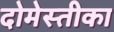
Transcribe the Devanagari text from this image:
दोमेस्तीका